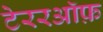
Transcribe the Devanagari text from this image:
टेररऑफ़